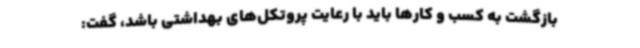
بازگشت به کسب و کارها باید با رعایت پروتکل‌های بهداشتی باشد، گفت: